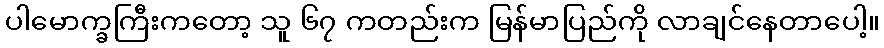
ပါမောက္ခကြီးကတော့ သူ ၆၇ ကတည်းက မြန်မာပြည်ကို လာချင်နေတာပေါ့။